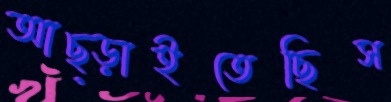
আছ্‌ড়াইতেছিস